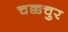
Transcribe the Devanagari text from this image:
चक्कचुर